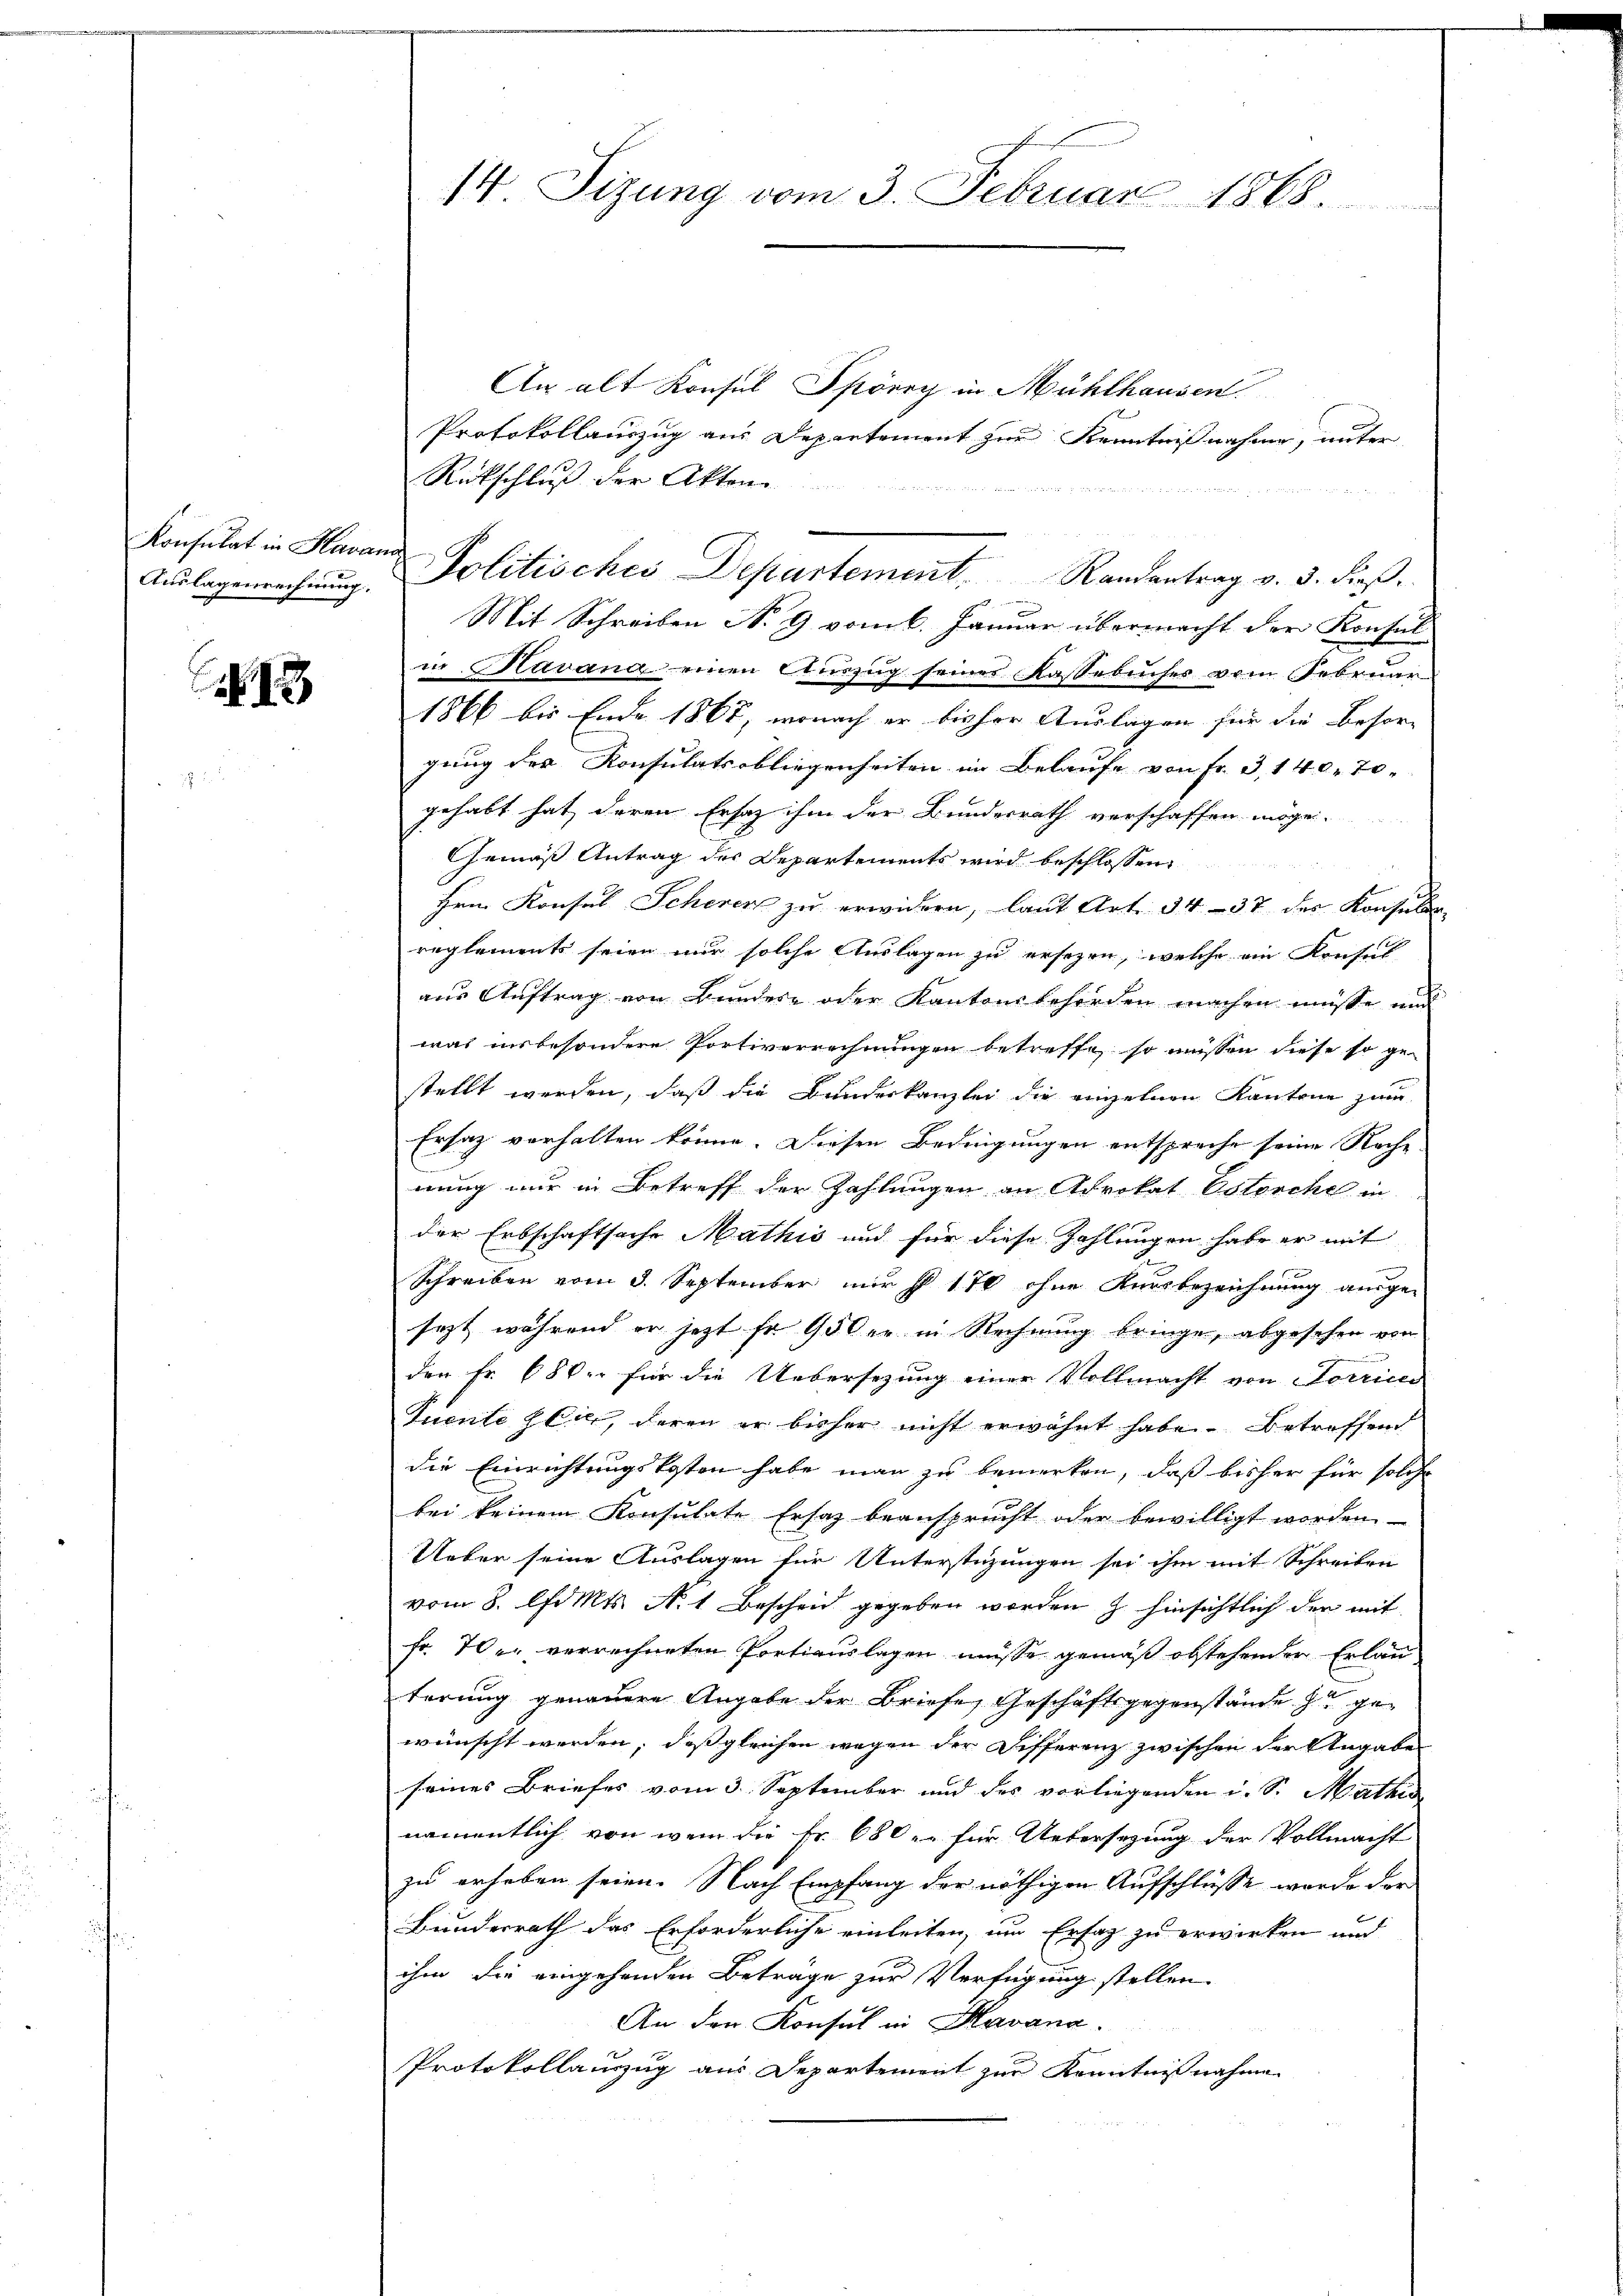
Konsulat in Havana

18

An alt Konsul Spörry in Mühlhausen
Protokollauszug aus Departement zur Kenntnißnahme, unter
Rückschluß der Akten

.
Mit Schreiben N. 9 vom 6. Januar übermacht der Konsul
in Havana einen Auszug seines Kassebuches vom Februar
1866 bis Ende 1867, wonach er bisher Auslagen für die Besorg
gung der Konsulatsobliegenheiten im Belaufe von Fr. 3, 140. 70.
gehabt hat, deren Ersatz ihm der Bundesrath verschaffen möge.
Gemäß Antrag des Departements wird beschlossen
Hrn. Konsul Scherer zu erwidern, laut Art. 34 - 37 des Konsular-
reglements seien nur solche Auslagen zu ersezen, welche an Konsul
aus Auftrag von Bundere oder Kantonsbehörden machen müsse und
was insbesondere Portverrechnungen betreffe, so müssen diese so gestellt werden, daß die Bundeskanzlei die einzelnen Kantone zum
Ersatz verhalten könne. Diesen Bedingungen entspreche seine Rache
nung nur in Betreff der Zahlungen an Advokat Osterche in
der Erbschaftsache Mathis und für diese Zahlungen habe er mit
Schreiben vom 3. September nur s 170 ohne Ausbezeichnung ausge-
sezt während er jetzt so oder in Rechnung bringe, abgesehen von
den Fr. 68 der für die Uebersezung einer Vollmacht von Sorrice
Tuente sie, deren er bisher nicht erwähnt habe. Betreffend
die Einrichtungskosten habe man zu bemerken, daß bisher für solche
bei keinem Konsulate Ersatz beansprucht oder bewilligt worden
Ueber seine Auslagen für Unterstüzungen sei ihm mit Schreiben
vom 8. Apr Mts. N. 1 Bescheid gegeben worden z. hinsichtlich der mit
fr. Wer verrechneten Portiauslagen müsse gemäß abstehender Erlau
terung genauere Angabe der Briefe, Geschäftsgegenstände zu gewünscht werden; daß gleichen wegen der Differenz zwischen der Angabe
seines Briefes vom 3. September und des vorliegenden u. S. Mathis
namentlich von wem die Fr. 680. für Uebersezung der Vollmacht
zu erhoben seien. Nach Empfang der nöthigen Aufschlüsse wurde der
Bunderrath das Erforderliche einleiten, um Ersatz zu erwirken und
ihm die eingehenden Beträge zur Verfügung stellen.
An den Konsul in Havana.
Protokollauszug aus Departement zur Kenntnißnahme

14. Sizung vom 3. Februar 1868.

Auslagenrechnung. Politisches Departement. Randantrag v. 3. dieβ.